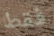
فقط